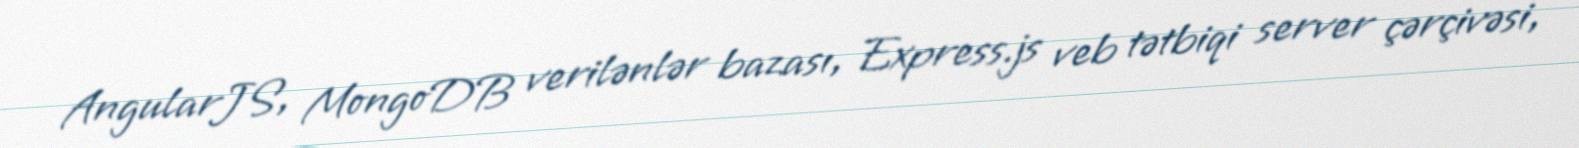
AngularJS, MongoDB verilənlər bazası, Express.js veb tətbiqi server çərçivəsi,